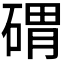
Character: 𱴚